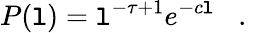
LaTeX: P(\mathtt{l})=\mathtt{l}^{-\tau+1}e^{-c\mathtt{l}}\, \, \, \, \, .\, \, \, \, \,